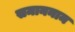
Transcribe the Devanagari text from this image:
समाननाम